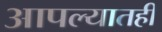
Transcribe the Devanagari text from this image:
आपल्यातही